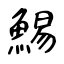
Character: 鯣